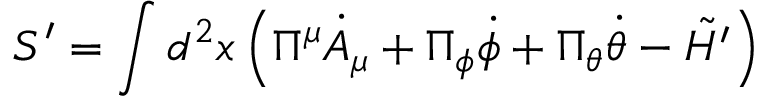
S ^ { \prime } = \int d ^ { 2 } x \left( \Pi ^ { \mu } { \dot { A } } _ { \mu } + \Pi _ { \phi } { \dot { \phi } } + \Pi _ { \theta } { \dot { \theta } } - \tilde { \cal H ^ { \prime } } \right)